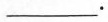
___.